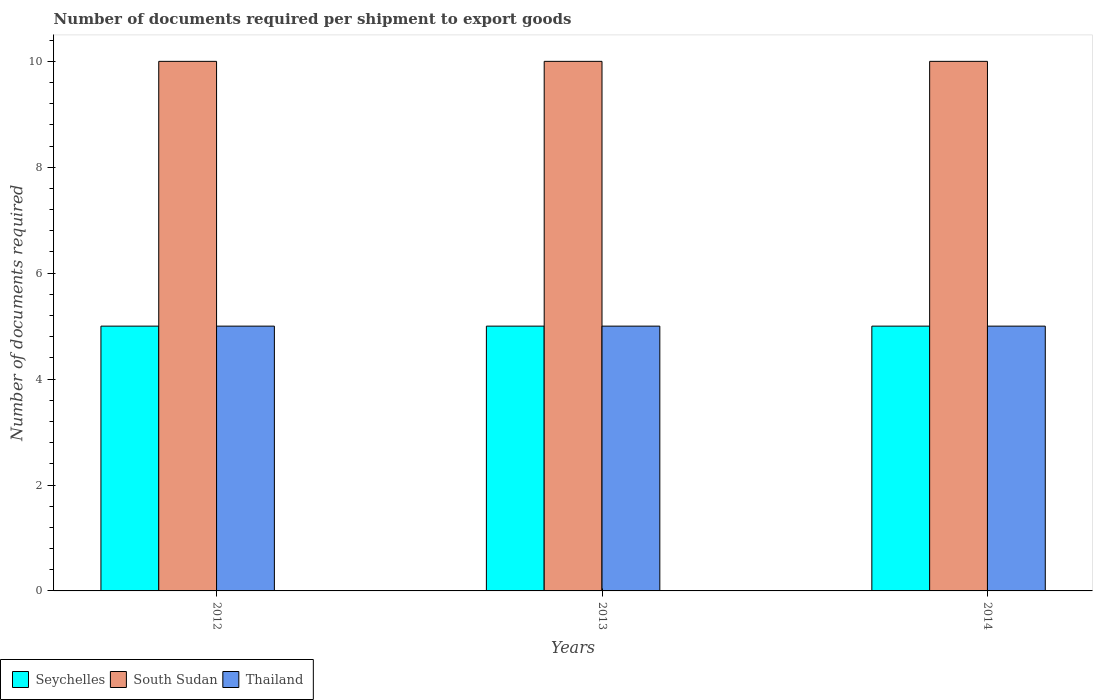
| Years | Seychelles | South Sudan | Thailand |
 | --- | --- | --- | --- |
 | 2012 | 5 | 10 | 5 |
 | 2013 | 5 | 10 | 5 |
 | 2014 | 5 | 10 | 5 |